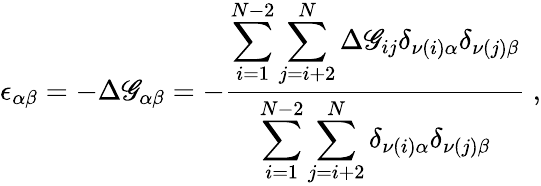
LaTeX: \epsilon_{\alpha\beta}=-\Delta\mathscr{G}_{\alpha\beta}=-\frac{{\displaystyle\sum_{i=1}^{N-2}\sum_{j=i+2}^{N}\Delta\mathscr{G}_{ij}\delta_{\nu(i)\alpha}\delta_{\nu(j)\beta}}}{{\displaystyle\sum_{i=1}^{N-2}\sum_{j=i+2}^{N}\delta_{\nu(i)\alpha}\delta_{\nu(j)\beta}}}~,